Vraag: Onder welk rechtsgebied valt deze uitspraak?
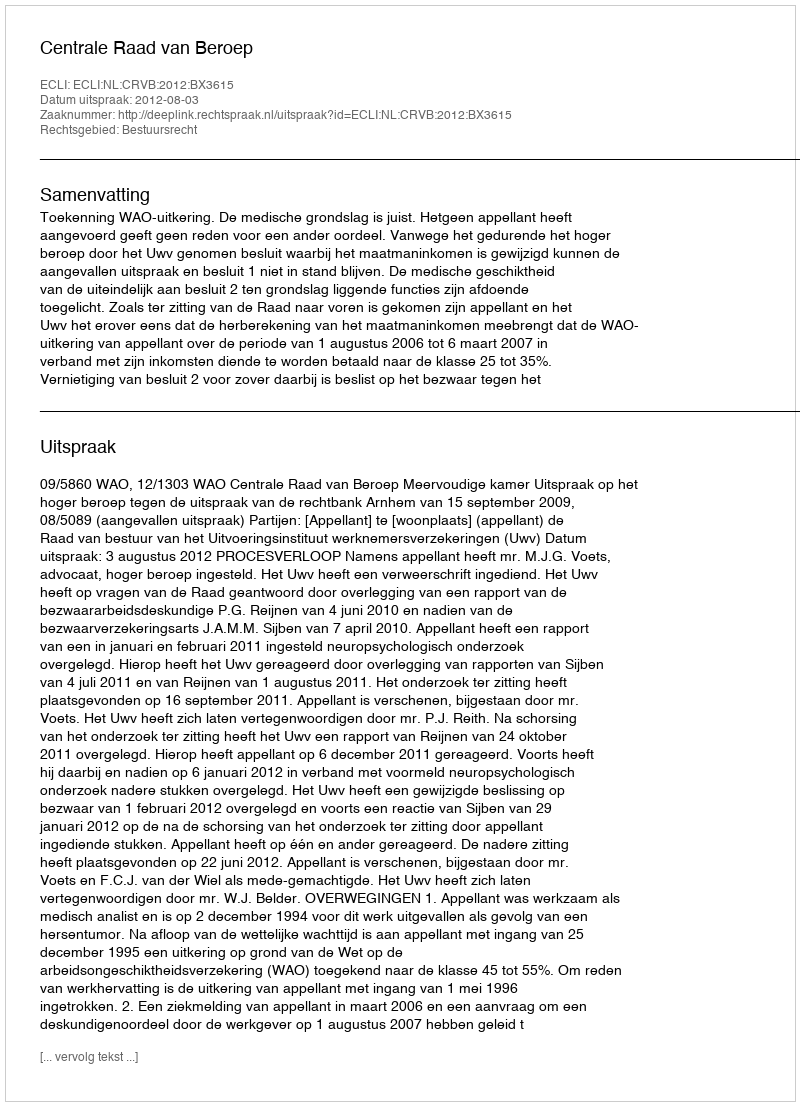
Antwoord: Bestuursrecht